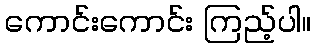
ကောင်းကောင်း ကြည့်ပါ။